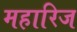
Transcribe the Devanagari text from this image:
महारिज